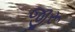
જીરૂ